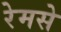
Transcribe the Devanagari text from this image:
रेमसे